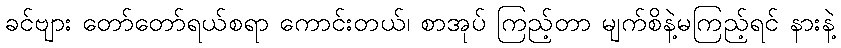
ခင်ဗျား တော်တော်ရယ်စရာ ကောင်းတယ်၊ စာအုပ် ကြည့်တာ မျက်စိနဲ့မကြည့်ရင် နားနဲ့